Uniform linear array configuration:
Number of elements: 4
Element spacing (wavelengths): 0.75
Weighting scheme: hamming
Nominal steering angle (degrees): -30
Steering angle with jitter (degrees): -30.929
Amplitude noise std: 0.05
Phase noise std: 0.05

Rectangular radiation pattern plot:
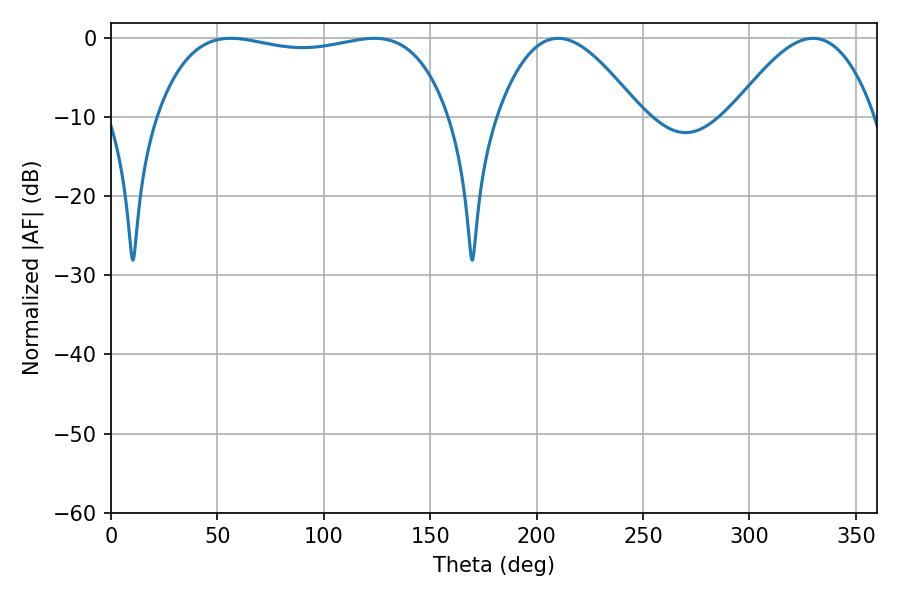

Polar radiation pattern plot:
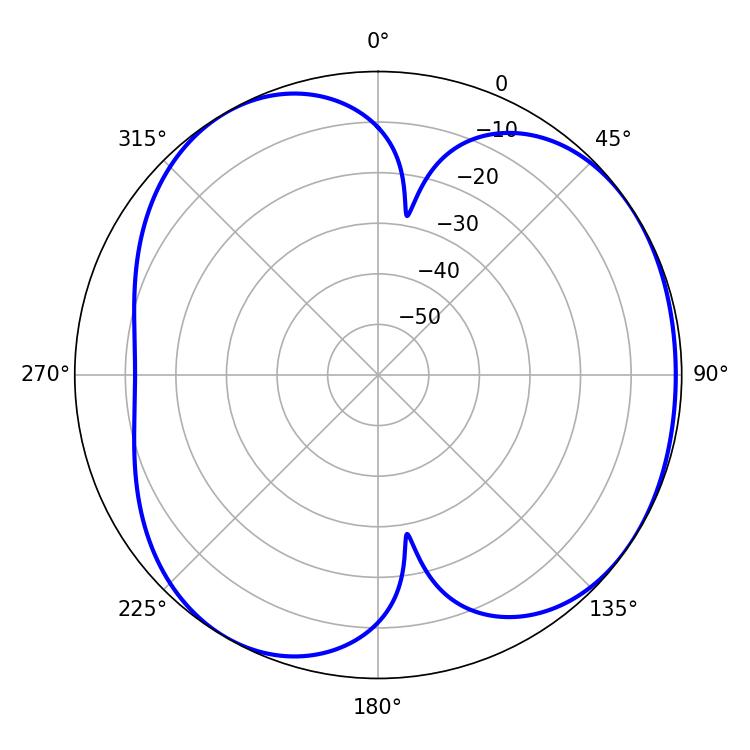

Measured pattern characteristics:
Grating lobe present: TRUE
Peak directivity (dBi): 4.478
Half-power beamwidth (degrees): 110.88
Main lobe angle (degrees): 56.34